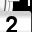
Digit: 2